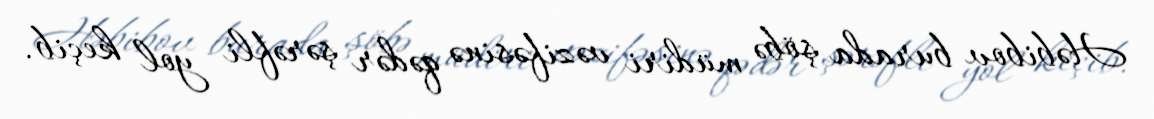
Həbibov burada şöbə müdiri vəzifəsinə qədər şərəfli yol keçib.